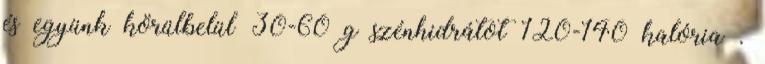
és együnk körülbelül 30-60 g szénhidrátot 120-140 kalória .